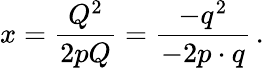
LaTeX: x={\frac{Q^{2}}{2pQ}}={\frac{-q^{2}}{-2p\cdot q}}\, .